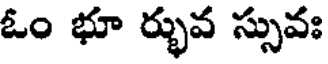
ఓం భూ ర్భువ స్సువః